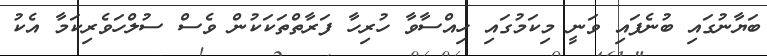
ބަޔާނުގައި ބުނެފައި ވަނީ މިކަމުގައި ހިއްސާވާ ހުރިހާ ފަރާތްތަކަކުން ވެސް ސުލްހަވެރިކަމާ އެކު